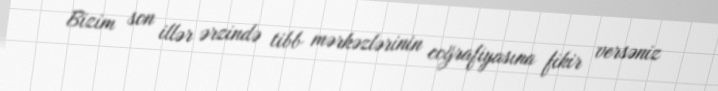
Bizim son illər ərzində tibb mərkəzlərinin coğrafiyasına fikir versəniz